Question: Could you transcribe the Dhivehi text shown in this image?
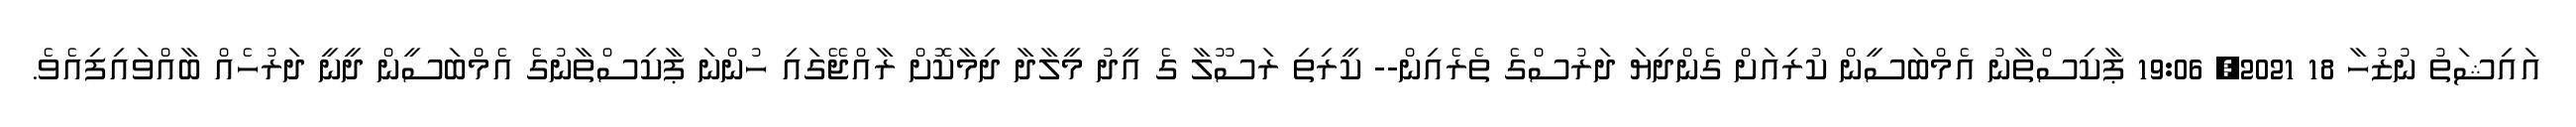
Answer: އައިޝަތު ނުޒުހާ 18 2021, 19:06 ޕާކިސްތާނު އެމްބަސީން ކުރިއަށް ގެންދިޔަ ދަރުސްގެ ތެރެއިން-- ކީރިތި ރަސޫލާ ގެ އީދު މީލާދާ ދިމާކޮށް ރާއްޖޭގައި ހުންނަ ޕާކިސްތާނުގެ އެމްބަސީން ދީނީ ދަރުހެއް ބާއްވައިފިއެވެ.